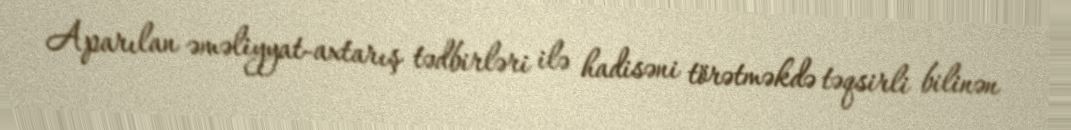
Aparılan əməliyyat-axtarış tədbirləri ilə hadisəni törətməkdə təqsirli bilinən